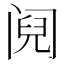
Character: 阋